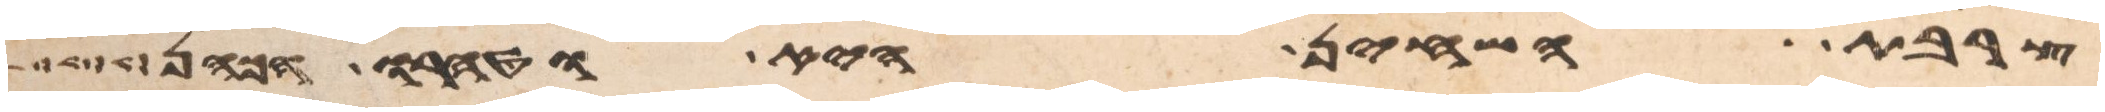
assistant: צרבת השחין היא וטהרו הכהן